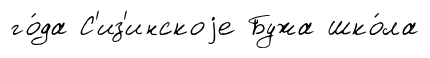
го́да С'из'инскоjе Бужа шко́ла